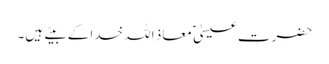
حضرت عیسیٰ ؑ معاذ اللہ خدا کے بیتے ہیں۔